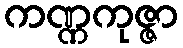
ကဏ္ဏကုဇ္ဇာ